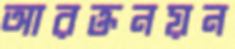
আরক্তনয়ন